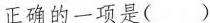
正确的一项是()